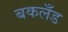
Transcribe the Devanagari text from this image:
बकलँड